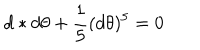
d * d \theta + \frac { 1 } { 5 } ( d \theta ) ^ { 5 } = 0